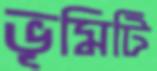
ভূমিটি